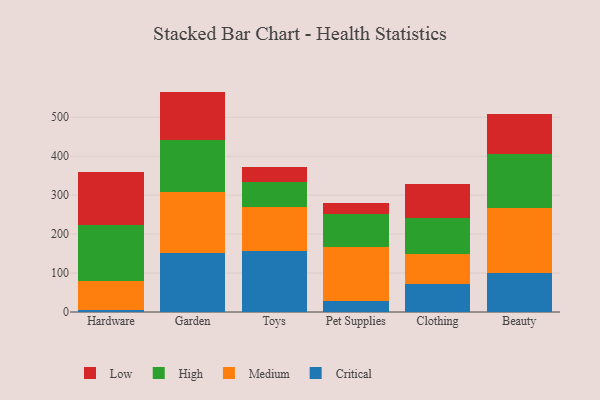
{"axis": {"x": "Category", "y": "Latency (ms)"}, "legend": ["Critical", "High", "Low", "Medium"], "data": [{"x": "Hardware", "y": 5.4, "type": "Critical"}, {"x": "Hardware", "y": 74.2, "type": "Medium"}, {"x": "Hardware", "y": 143.7, "type": "High"}, {"x": "Hardware", "y": 136.7, "type": "Low"}, {"x": "Garden", "y": 151.6, "type": "Critical"}, {"x": "Garden", "y": 156.6, "type": "Medium"}, {"x": "Garden", "y": 132.1, "type": "High"}, {"x": "Garden", "y": 125.5, "type": "Low"}, {"x": "Toys", "y": 155.4, "type": "Critical"}, {"x": "Toys", "y": 115.0, "type": "Medium"}, {"x": "Toys", "y": 63.6, "type": "High"}, {"x": "Toys", "y": 39.0, "type": "Low"}, {"x": "Pet Supplies", "y": 27.5, "type": "Critical"}, {"x": "Pet Supplies", "y": 139.9, "type": "Medium"}, {"x": "Pet Supplies", "y": 84.6, "type": "High"}, {"x": "Pet Supplies", "y": 27.5, "type": "Low"}, {"x": "Clothing", "y": 71.1, "type": "Critical"}, {"x": "Clothing", "y": 78.1, "type": "Medium"}, {"x": "Clothing", "y": 91.7, "type": "High"}, {"x": "Clothing", "y": 87.8, "type": "Low"}, {"x": "Beauty", "y": 99.7, "type": "Critical"}, {"x": "Beauty", "y": 166.6, "type": "Medium"}, {"x": "Beauty", "y": 139.7, "type": "High"}, {"x": "Beauty", "y": 102.3, "type": "Low"}]}